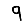
Digit: 9